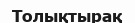
Толықтырақ